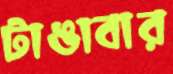
টাঙাবার